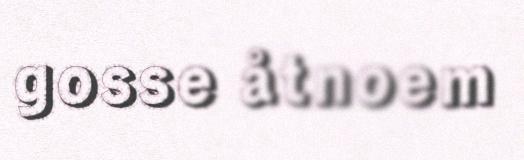
gosse åtnoem